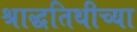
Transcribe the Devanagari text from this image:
श्राद्धतिथीच्या